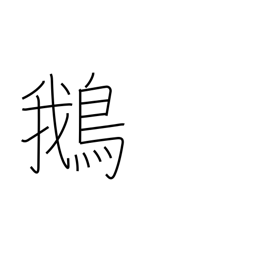
Meaning: goose